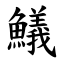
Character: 䲑